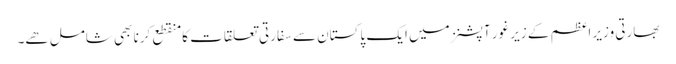
بھارتی وزیر اعظم کے زیر غور آپشنز میں ایک پاکستان سے سفارتی تعلقات کا منقطع کرنا بھی شامل ھے۔